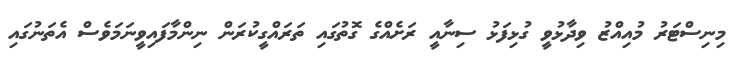
މިނިސްޓަރު މުއިއްޒު ވިދާޅުވީ ގުޅިފަޅު ސިނާއީ ރަށެއްގެ ގޮތުގައި ތަަރައްގީކުރަން ނިންމާފައިވީނަމަވެސް އެތަނުގައި